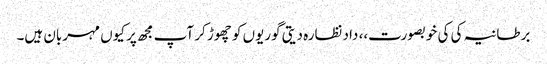
برطانیہ کی کی خوبصورت،، داد نظارہ دیتی گوریوں کو چھوڑ کر آپ مجھ پر کیوں مہربان ہیں۔